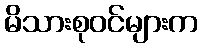
မိသားစုဝင်များက